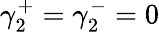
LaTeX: \gamma_{2}^{+}=\gamma_{2}^{-}=0